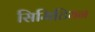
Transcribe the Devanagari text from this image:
सिमिटियन